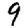
Digit: 9